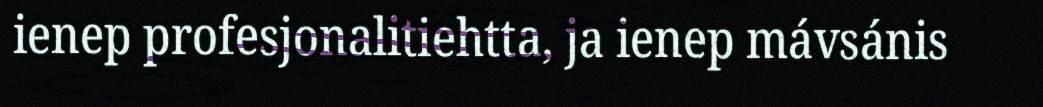
ienep profesjonalitiehtta, ja ienep mávsánis